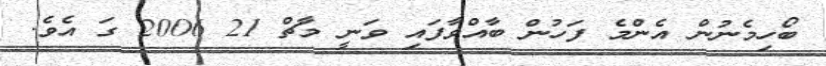
ބޯހިމެނުން އެންމެ ފަހުން ބާއްވާފައި ވަނީ މާޗް 21 2006 ގަ އެވެ.